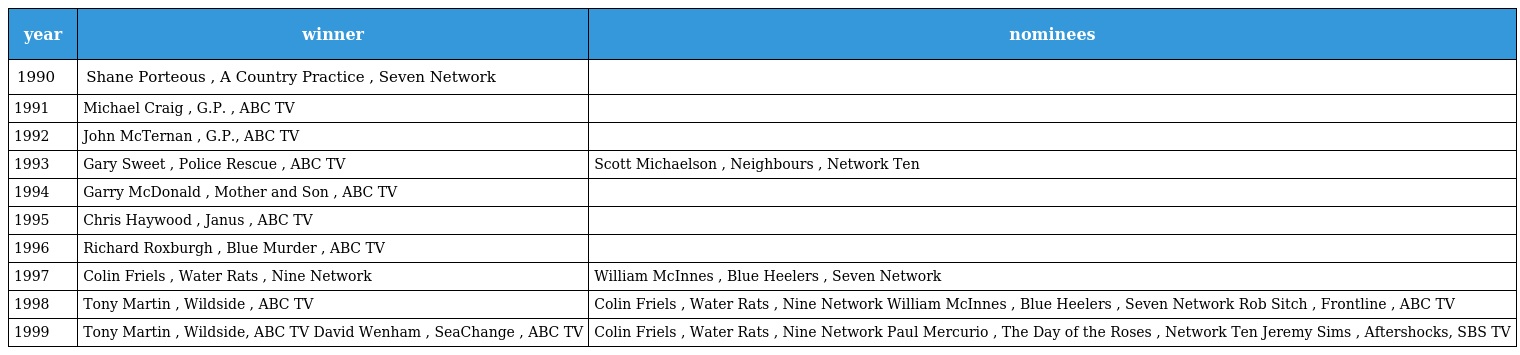
| year | winner | nominees |
 | --- | --- | --- |
 | 1990 | Shane Porteous , A Country Practice , Seven Network |  |
 | 1991 | Michael Craig , G.P. , ABC TV |  |
 | 1992 | John McTernan , G.P., ABC TV |  |
 | 1993 | Gary Sweet , Police Rescue , ABC TV | Scott Michaelson , Neighbours , Network Ten |
 | 1994 | Garry McDonald , Mother and Son , ABC TV |  |
 | 1995 | Chris Haywood , Janus , ABC TV |  |
 | 1996 | Richard Roxburgh , Blue Murder , ABC TV |  |
 | 1997 | Colin Friels , Water Rats , Nine Network | William McInnes , Blue Heelers , Seven Network |
 | 1998 | Tony Martin , Wildside , ABC TV | Colin Friels , Water Rats , Nine Network William McInnes , Blue Heelers , Seven Network Rob Sitch , Frontline , ABC TV |
 | 1999 | Tony Martin , Wildside, ABC TV David Wenham , SeaChange , ABC TV | Colin Friels , Water Rats , Nine Network Paul Mercurio , The Day of the Roses , Network Ten Jeremy Sims , Aftershocks, SBS TV |